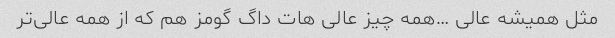
مثل همیشه عالی …همه چیز عالی هات داگ گومز هم که از همه عالی‌تر